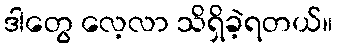
ဒါတွေ လေ့လာ သိရှိခဲ့ရတယ်။